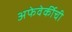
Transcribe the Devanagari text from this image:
अफेवेर्कीची